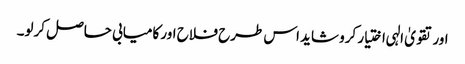
اور تقویٰ الہی اختیار کرو شاید اس طرح فلاح اور کامیابی حاصل کرلو۔